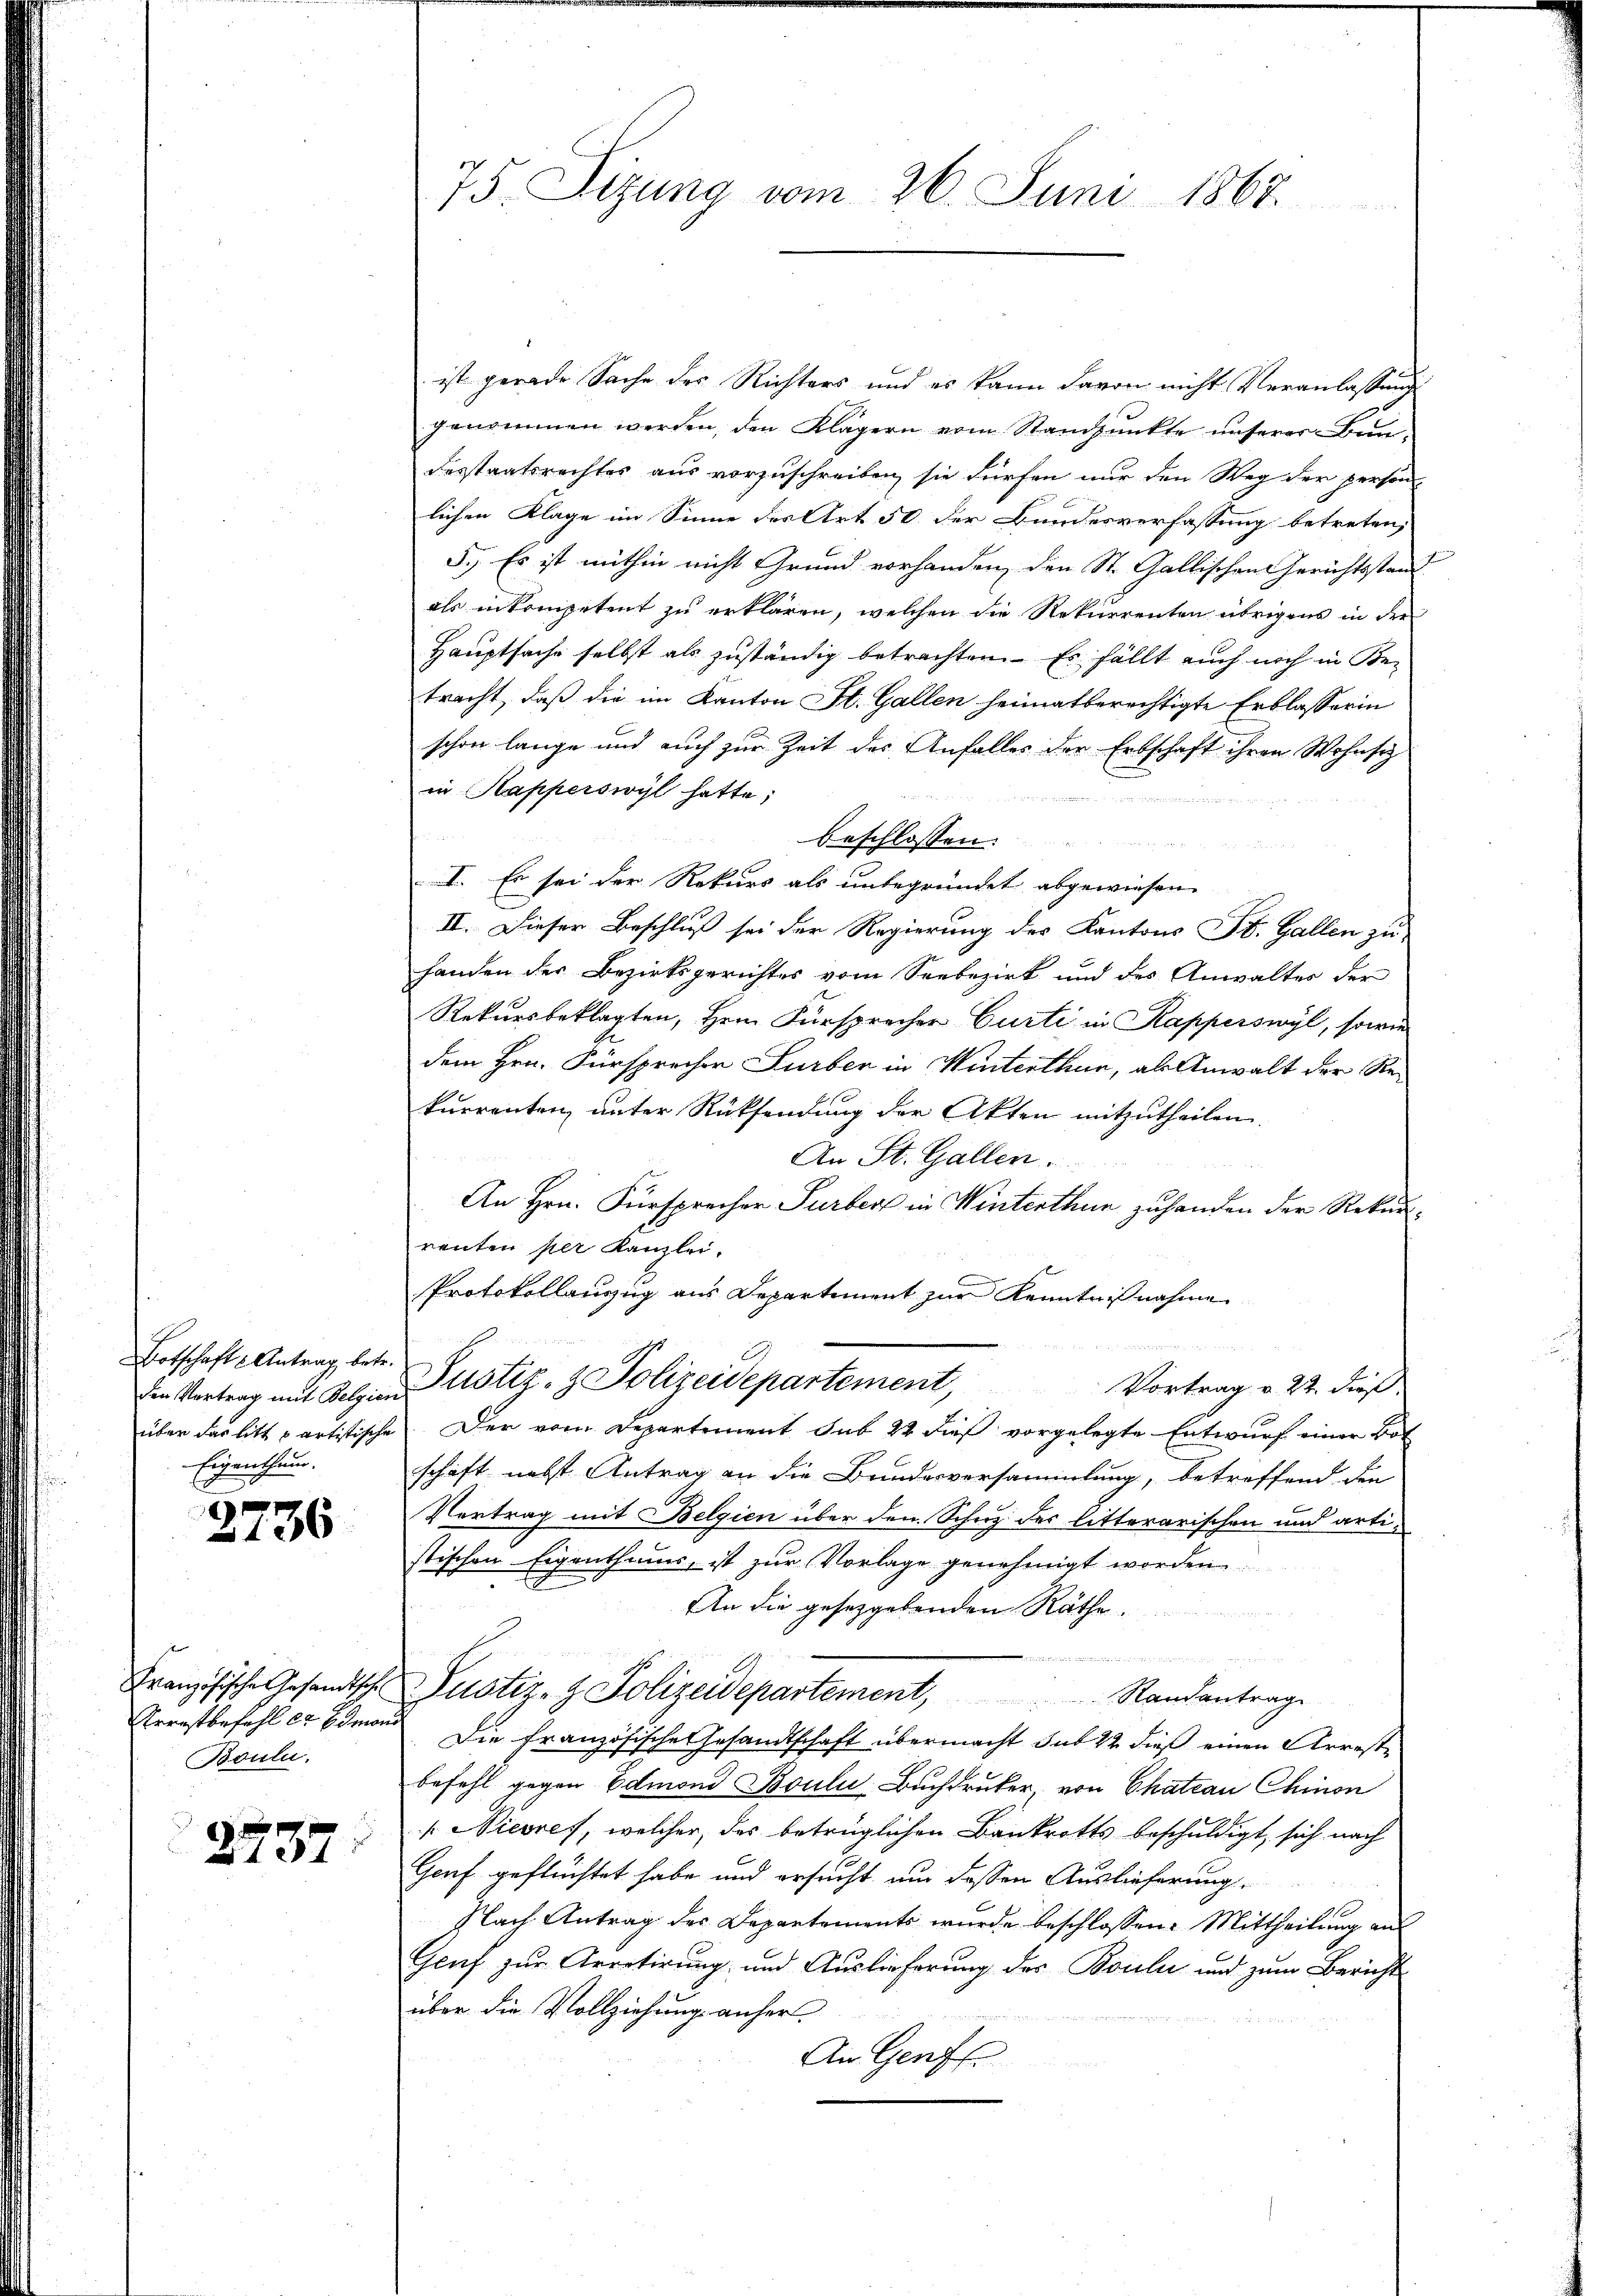
Botschaft Antrag, betr.
Eigenthum.

2736

Boule.

2737

75. Sizung vom 26. Juni 1867

ist gerade Sache des Richters und es kann davon nicht Veranlassung
genommen werden, den Klägern vom Standpunkte unserer Bundesstratsrechtes aus vorzuschreiben, sie dürfen nur den Weg der person-
lichen Klage im Sinne des Art 50 der Bundesverfassung betreten,
5.) Es ist mithin nicht Grund vorhanden, den St. Gallischen Gerichtsstand
als inkompetent zu erklären, welchen die Rekurrenten übrigens in der
Hauptsache selbst als zuständig betrachten. Es fällt auch noch in Betracht, daß die im Kanton St. Gallen heimatberechtigte Erblasserin
schon lange und auch zur Zeit des Anfalles der Erbschaft ihren Wohnsit
in Kapperswyl hatte;

beschlossen:
u
I. Es sei der Rekurs als unbegründet abgewiesen.
II. Dieser Beschluß sei der Regierung des Kantons St. Gallen zu
handen der Bezirksgerichtes vom Seebezirk und des Anwalter der
Rekursbeklagten, Hrn. Fürsprecher Curti in Kapperswyl, sowie
dem Hrn. Fürsprecher Surber in Winterthun, als Anwalt der Rekurrenten, unter Rücksendung der Akten mitzutheilen.
An St. Gallen.
An Hrn. Fürsprecher Turbert in Winterthur zu handen der Rekurrenten per Kanzlei.
Protokollanzug aus Departement zur Kenntnißnahme
Die Vortrag mit Folgen ustiz- & Polizeidepartement,
Vortrag v. 22. dieß
über das litt partistische. Der vom Departement sub 22 dieß vorgelegte Entwurf einer Bot
schaft nebst Antrag an die Bundesversammlung, betreffend den
Vertrag mit Belgien über den Schutz des litterarischen und artistischen Eigenthums, ist zur Vorlage genehmigt worden
An die gesetzgebenden Räthe.
B
Französische Gesandtsche Justiz- & Polizeidepartement, Randantrage
Arrestbefehl cr Edmon Die Französische Gesandtschaft übermacht sub 22 dieß einen Arreste
befehl gegen Edmond Bouli, Buchdrucker, von Chateau Chinon
 Nievres, welcher, des betrüglichen Bankrotts beschuldigt, sich nach
Genf geflüchtet habe und ersucht um dessen Auslieferung
Nach Antrag des Departements wurde beschlossen: Mittheilung aus
Geuf zur Arretirung und Auslieferung des Boulii und zum Bericht
über die Vollziehung anher
An Genf.